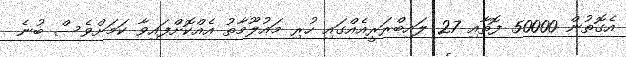
އެގޮތުން 50000 ފޮތާއި 27 ލައިބްރަރީއެއްގައި ހުރި މައުލޫމާތު އެއްކޮށްފައިވާ ކަމަށްވެސް ބުނެ